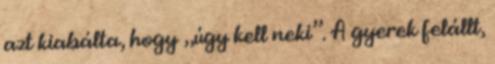
azt kiabálta, hogy „úgy kell neki”. A gyerek felállt,